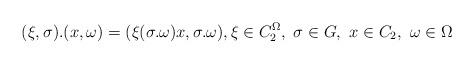
LaTeX: \begin{align*}(\xi,\sigma).(x,\omega) = (\xi(\sigma.\omega)x,\sigma.\omega), \xi\in C_2^\Omega, \ \sigma\in G, \ x\in C_2,\ \omega\in\Omega\end{align*}